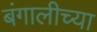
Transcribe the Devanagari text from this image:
बंगालीच्या